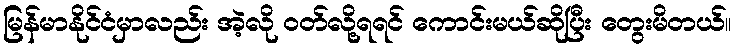
မြန်မာနိုင်ငံမှာလည်း အဲ့လို ဝတ်လို့ရရင် ကောင်းမယ်ဆိုပြီး တွေးမိတယ်။